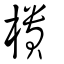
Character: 樻